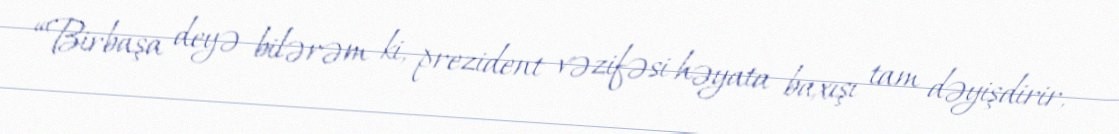
“Birbaşa deyə bilərəm ki, prezident vəzifəsi həyata baxışı tam dəyişdirir,